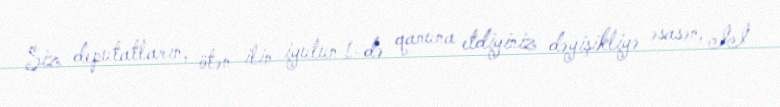
Siz deputatların, ötən ilin iyulun 1-də qanuna etdiyiniz dəyişikliyə əsasən, II